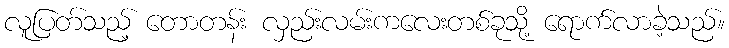
လူပြတ်သည့် တောတန်း လှည်းလမ်းကလေးတစ်ခုသို့ ရောက်လာခဲ့သည်။